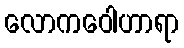
လောကဝေါဟာရာ